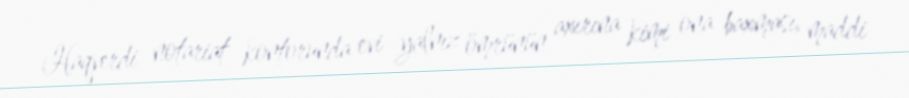
Haqverdi notariat kontorunda evi yalnız ömrünün axırına kimi ona baxması, maddi